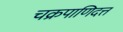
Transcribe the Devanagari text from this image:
चक्रपाणिदत्त